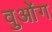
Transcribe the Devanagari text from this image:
वुओंग